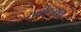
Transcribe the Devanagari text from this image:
रवीद्रनाथ